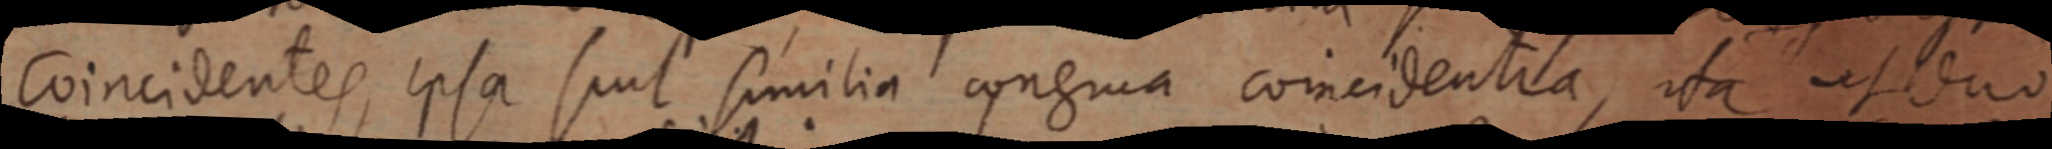
coincidentes, ipsa suit similia congrua coincidentia, ita ut duo